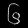
Digit: ၆